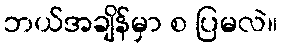
ဘယ်အချိန်မှာ စ ပြမလဲ။